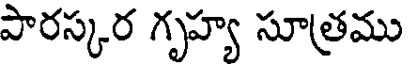
పారస్కర గృహ్య సూత్రము